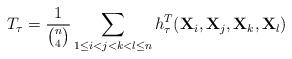
LaTeX: \begin{align*}T_\tau = \frac{1}{{n \choose 4}} \sum_{1 \leq i < j < k < l \leq n} h^T_\tau({\bf X}_i, {\bf X}_j, {\bf X}_k, {\bf X}_l )\end{align*}